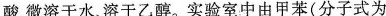
酸，微溶于水、溶于乙醇。实验室中由甲苯(分子式为